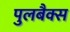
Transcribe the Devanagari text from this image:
पुलबैक्स